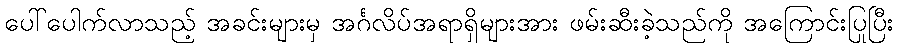
ပေါ်ပေါက်လာသည့် အခင်းများမှ အင်္ဂလိပ်အရာရှိများအား ဖမ်းဆီးခဲ့သည်ကို အကြောင်းပြုပြီး